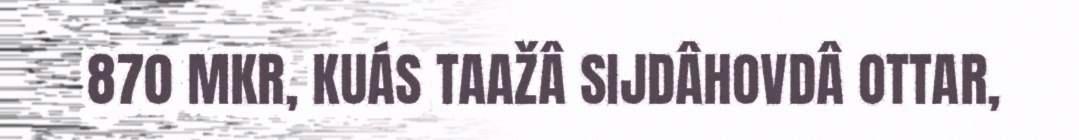
870 MKR, KUÁS TAAŽÂ SIJDÂHOVDÂ OTTAR,